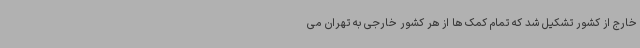
خارج از کشور تشکیل شد که تمام کمک ها از هر کشور خارجی به تهران می